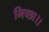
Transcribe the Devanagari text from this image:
भिच्‍छा।।